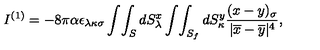
I ^ { ( 1 ) } = - 8 \pi \alpha \epsilon _ { \lambda \kappa \sigma } \int \! \int _ { S } d S _ { \lambda } ^ { x } \int \! \int _ { S _ { f } } d S _ { \kappa } ^ { y } \frac { ( x - y ) _ { \sigma } } { | \overline { { x } } - \overline { { y } } | ^ { 4 } } ,